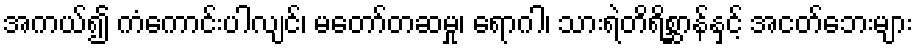
အကယ်၍ ကံကောင်းပါလျင်၊ မတော်တဆမှု၊ ရောဂါ၊ သားရဲတိရိစ္ဆာန်နှင့် အငတ်ဘေးများ